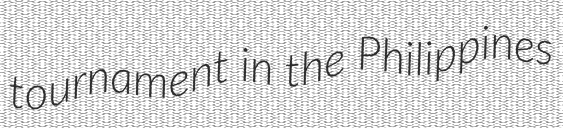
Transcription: tournament in the Philippines